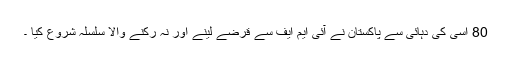
80 اسی کی دہائی سے پاکستان نے آئی ایم ایف سے قرضے لینے اور نہ رکنے والا سلسلہ شروع کیا ۔